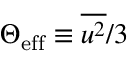
\Theta _ { \mathrm { e f f } } \equiv \overline { { u ^ { 2 } } } / 3